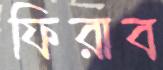
ফিরাব